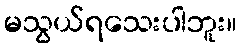
မသွယ်ရသေးပါဘူး။